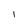
Character: 1